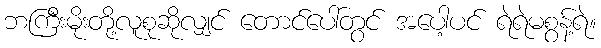
ဘကြီးမိုးတို့လူစုဆိုလျှင် တောင်ပေါ်တွင် အပေါ့ပင် ရဲရဲမစွန့်ရဲ။